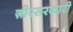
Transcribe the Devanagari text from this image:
ग़ीरसरकारी